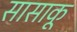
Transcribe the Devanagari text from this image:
सासाकू